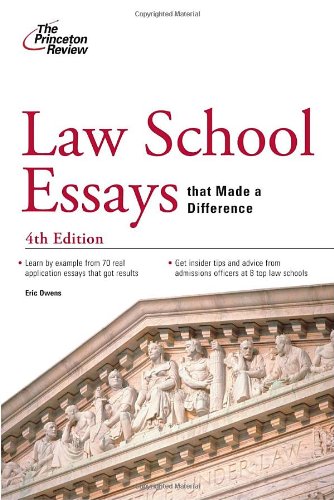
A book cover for Law School Essays that Made a Difference, 4th Edition (Graduate School Admissions Guides); Princeton Review; Education & Teaching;